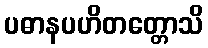
ပဓာနပဟိတတ္တောသိ